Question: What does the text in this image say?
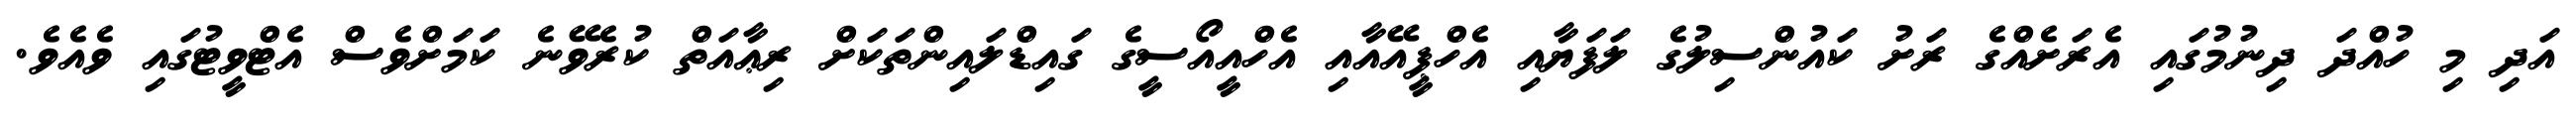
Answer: އަދި މި ހުއްދަ ދިނުމުގައި އެރަށެއްގެ ރަށު ކައުންސިލުގެ ލަފަޔާއި އެހްޕީއޭއާއި އެހްއީއޯސީގެ ގައިޑްލައިންތަކަށް ރިޢާއަތް ކުރެވޭނެ ކަމަށްވެސް އެޓްވީޓުގައި ވެއެވެ.